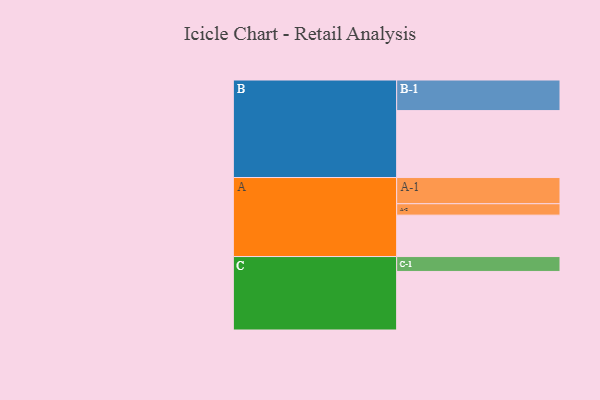
{"axis": {"x": "Segment", "y": "Value"}, "legend": ["", "A", "B", "C"], "data": [{"x": "A", "y": 356, "type": ""}, {"x": "B", "y": 575, "type": ""}, {"x": "C", "y": 503, "type": ""}, {"x": "A-1", "y": 225, "type": "A"}, {"x": "A-2", "y": 98, "type": "A"}, {"x": "B-1", "y": 263, "type": "B"}, {"x": "C-1", "y": 128, "type": "C"}]}